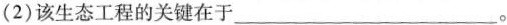
(2)该生态工程的关键在于___。